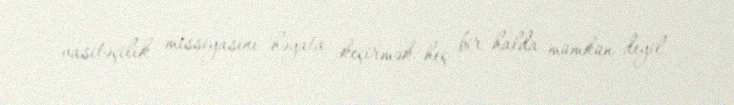
vasitəçilik missiyasını həyata keçirmək heç bir halda mümkün deyil.